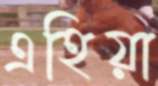
এহিয়া